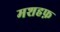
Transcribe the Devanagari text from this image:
मशहफ़